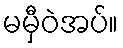
မမှီဝဲအပ်။